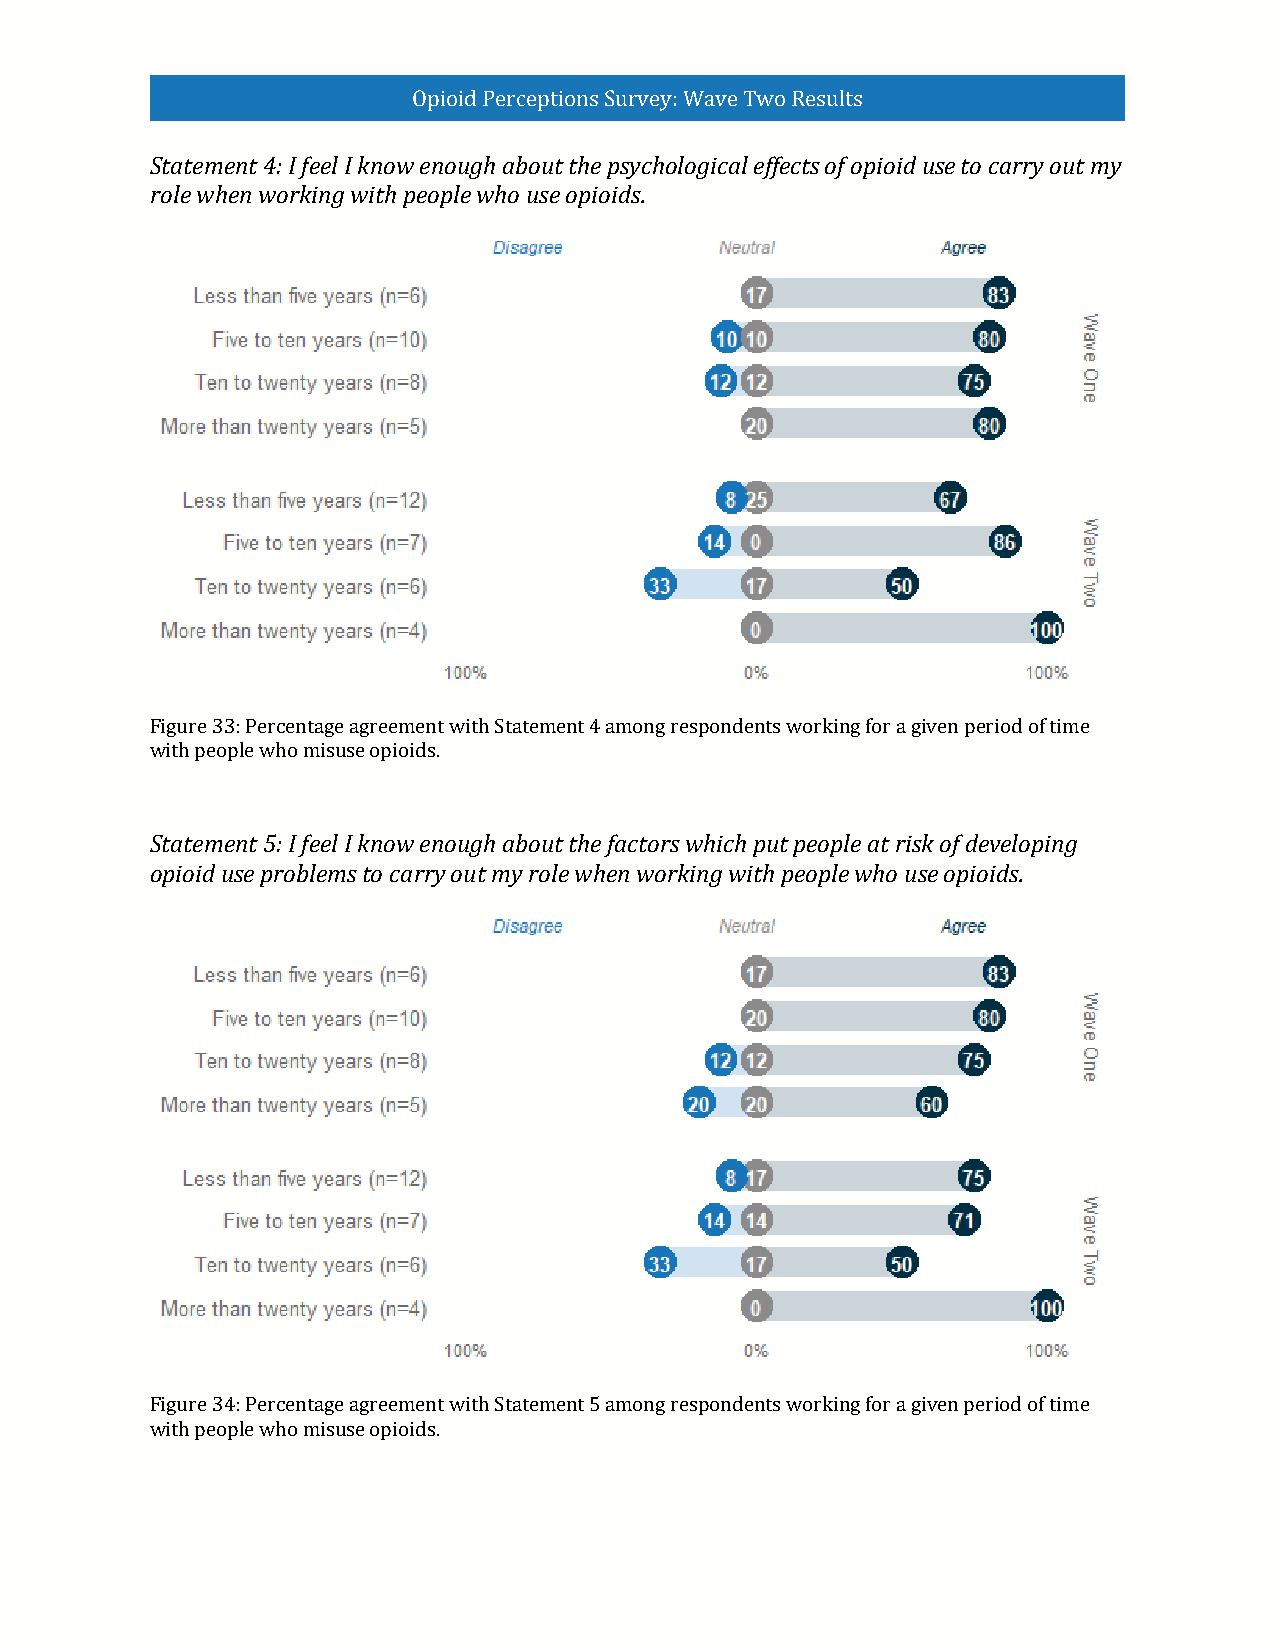
Opioid Perceptions Survey: Wave Two Results
 Statement 4: I feel I know enough about the psychological effects of opioid use to carry out my
 role when working with people who use opioids.
 Figure 33: Percentage agreement with Statement 4 among respondents working for a given period of time
 with people who misuse opioids.
 Statement 5: I feel I know enough about the factors which put people at risk of developing
 opioid use problems to carry out my role when working with people who use opioids.
 Figure 34: Percentage agreement with Statement 5 among respondents working for a given period of time
 with people who misuse opioids.